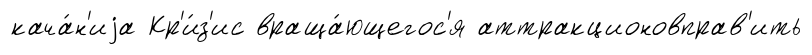
кача́н'иjа Кр'и́з'ис враща́ющегос'я аттракционовправ'ить